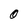
Character: 0